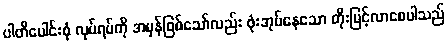
ပါတီပေါင်းစုံ လုပ်ရပ်ကို အမှန်ဖြစ်သော်လည်း ဖုံးအုပ်နေသော တိုးမြင့်လာစေပါသည်